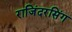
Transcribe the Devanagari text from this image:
राजिंदरसिंग